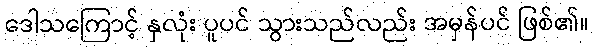
ဒေါသကြောင့် နှလုံး ပူပင် သွားသည်လည်း အမှန်ပင် ဖြစ်၏။